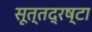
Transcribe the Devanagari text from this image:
सूत्तद्रष्टा